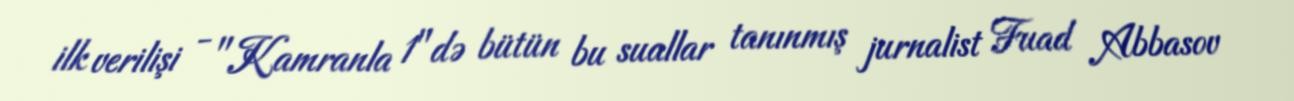
ilk verilişi - "Kamranla 1"də bütün bu suallar tanınmış jurnalist Fuad Abbasov